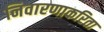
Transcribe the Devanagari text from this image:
निवारणाकरिता